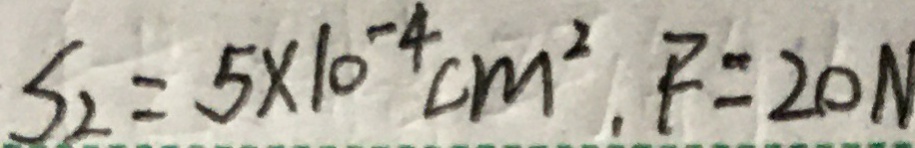
S _ { 2 } = 5 \times 1 0 ^ { - 4 } c m ^ { 2 } , F = 2 0 N